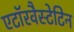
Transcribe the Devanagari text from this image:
एटॉरवैस्टेटिन